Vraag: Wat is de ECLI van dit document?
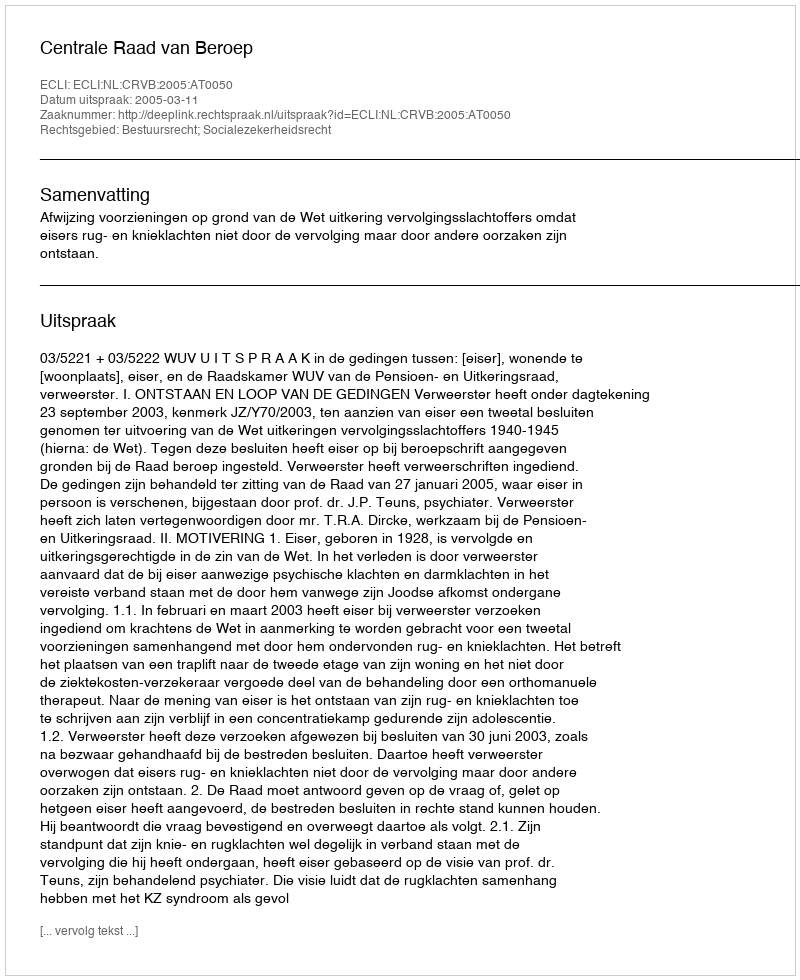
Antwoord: ECLI:NL:CRVB:2005:AT0050